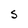
Character: S